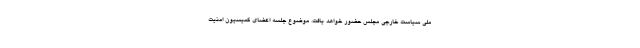
ملی سیاست خارجی مجلس حضور خواهد یافت. موضوع جلسه اعضای کمیسیون امنیت